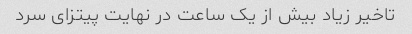
تاخیر زیاد بیش از یک ساعت در نهایت پیتزای سرد